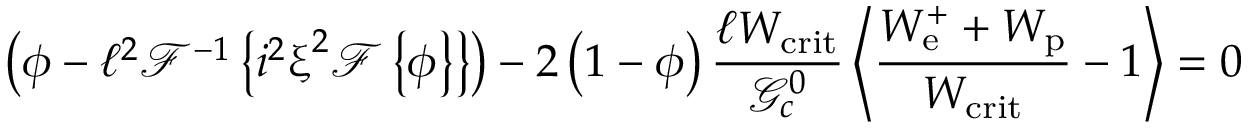
\left( \phi - \ell ^ { 2 } \mathcal { F } ^ { - 1 } \left\{ i ^ { 2 } \boldsymbol { \upxi } ^ { 2 } \mathcal { F } \left\{ \phi \right\} \right\} \right) - 2 \left( 1 - \phi \right) \frac { \ell W _ { \mathrm { c r i t } } } { \mathcal { G } _ { c } ^ { 0 } } \left\langle \frac { W _ { \mathrm { e } } ^ { + } + W _ { \mathrm { p } } } { W _ { \mathrm { c r i t } } } - 1 \right\rangle = 0